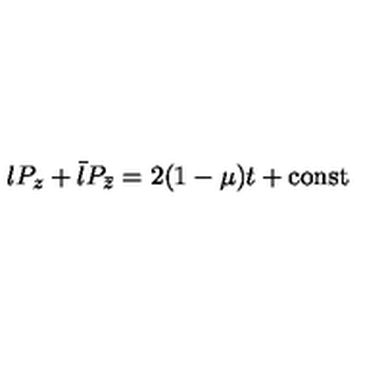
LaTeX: l P _ { z } + \bar { l } P _ { \bar { z } } = 2 ( 1 - \mu ) t + \mathrm { c o n s t }